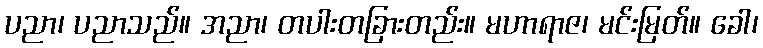
ပညာ၊ ပညာသည်။ အညာ၊ တပါးတခြားတည်း။ မဟာရာဇ၊ မင်းမြတ်။ ခေါ၊